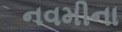
નવમીના